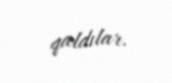
qaldılar.